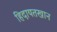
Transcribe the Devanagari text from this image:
हिदायतखान